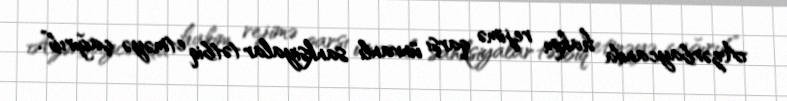
Azərbaycanda hakim rejimə qarşı ünvanlı sanksiyalar tətbiq etməyə çağırıb”.